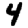
Digit: 4